Annual report on the health of the army in India
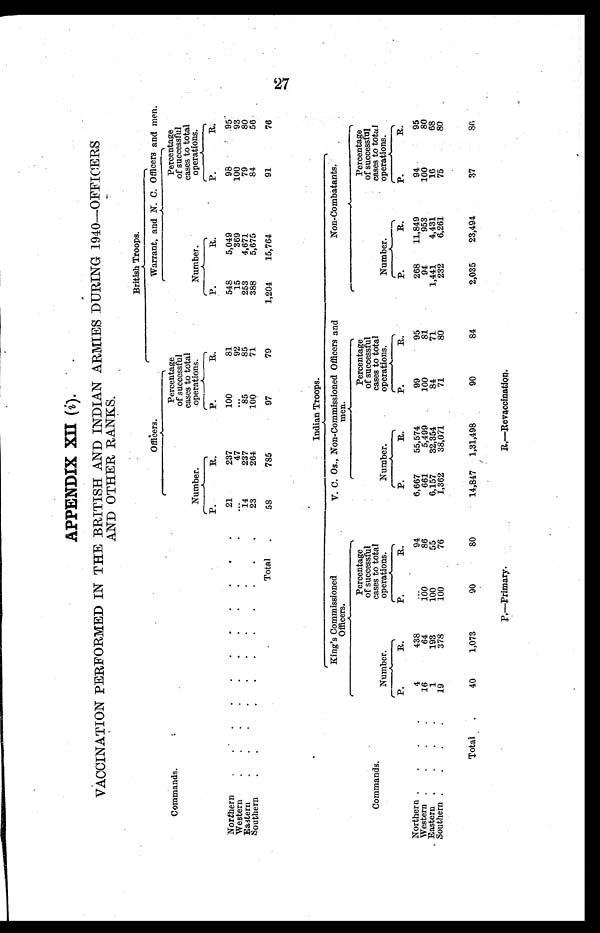
APPENDIX XII (i).
VACCINATION PERFORMED IN THE BRITISH AND INDIAN ARMIES DURING 1940-OFFICERS
AND OTHER RANKS.
British Troops.
O f f i c e r s .
Warrant, and N. C. Officers and men.
Commands.
Number.
Percentage
of successful
cases to tota
l o p e r a t i o n s
Number.
P Percentage
of successfu
l cases to total
operations.
P.
R.
P.
R.
P.
R.
P.
R.
Northern
21
237
100
81
548
5,049
98
95
Western
...
4 7
. . . . . .
92
15
369
100
93
Eastern
14
237
85
85
253
4,671
79
80
Southern
23
264
100
71
388
5,675
84
56
Total
58
785
97
79
1,204 15,764
91
76
Indian Troops.
King's Commissioned
Officers
V. C. Os., Non-Commissioned Officers and
men.
Non-Combatants.
Commands.
Number.
Percentage
of successful
cases to total
operations.
Number.
Percentage
of successful
cases to total
operations.
Number.
Percentage
of successful
cases to tota
l operations
P.
R.
P.
R.
P.
R.
P.
R.
P.
R.
P.
R.
Northern
4
438
94
6,667 55,574
99
95
268 11,849
94
95
Western
16
64
100
86
661
5,499
100
81
94
953
100
80
Eastern
1
193
100
55
6,157 32,354
84
71
1,441
4,431
16
68
Southern
19
378
100
76
1,362 38,071
71
80
232
6,261
75
80
Total
40
1,073
90
80
14,847 1,31,498
90
84
2,035 23,494
37
86
P , - - P r i m a r y . R , — R e v a c c i n a t i o n .